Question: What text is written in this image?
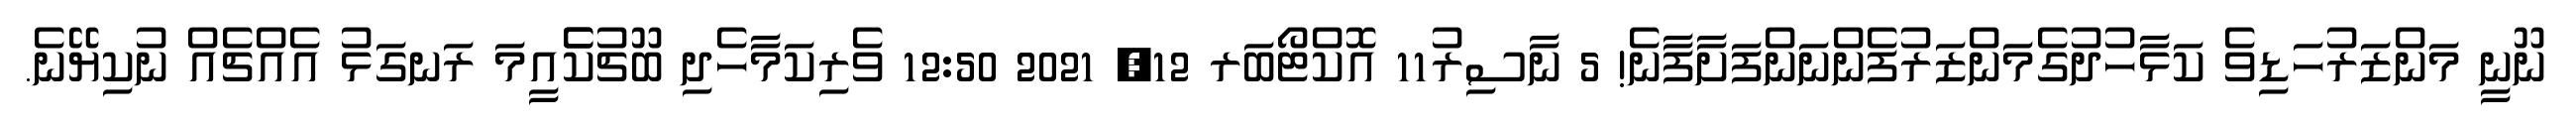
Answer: ނޫނީ މަންޒަރުހަޑިވެ ކަޅާހުދުގެމަންޒަރުފެންނަންފަށާފާނެ! 5 ނާސިރު11 އޮކްޓޯބަރ 12, 2021 12:50 ވެރިކަމާހެދި ބޫޗުކެެއީމަ ރަނގަޅު އެއްޗެއް ނުކިޔޭނެ.